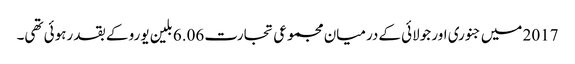
2017 میں جنوری اور جولائی کےدرمیان مجموعی تجارت 6.06 بلین یورو کے بقد رہوئی تھی۔